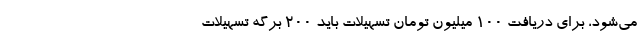
می‌شود، برای دریافت ۱۰۰ میلیون تومان تسهیلات باید ۲۰۰ برگه تسهیلات